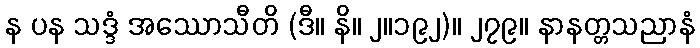
န ပန သဒ္ဒံ အဿောသီတိ (ဒီ။ နိ။ ၂။၁၉၂)။ ၂၇၉။ နာနတ္တသညာနံ